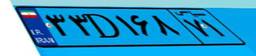
۷۸D۳۳۵۰۰